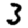
Digit: 3